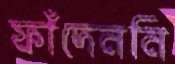
ফাঁদেননি